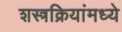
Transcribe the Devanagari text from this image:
शस्त्रक्रियांमध्ये